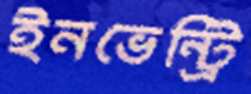
ইনভেন্ট্রি